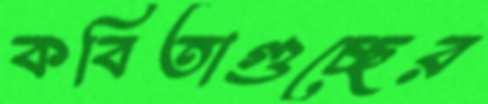
কবিতাগুচ্ছের